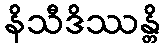
နိသီဒိဿန္တိ